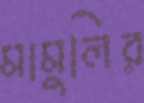
মামুলির